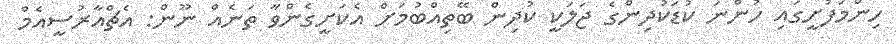
ހިންމަފުށީގައި ހުންނަ ކުޑަކުދިންގެ ޖަލަކީ ކުދިން ބޭތިއްބުމަށް އެކަށީގެންވާ ތަނެއް ނޫން: އެޗްއާރުސީއެމް